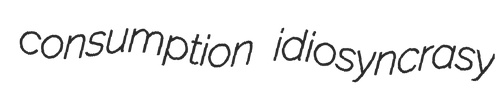
consumption idiosyncrasy